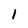
Character: 1